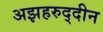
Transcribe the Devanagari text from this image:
अझहरुद्दीन